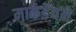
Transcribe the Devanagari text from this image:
मार्कडेंयने